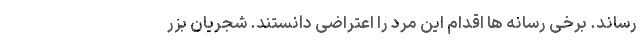
رساند. برخی رسانه ها اقدام این مرد را اعتراضی دانستند. شجریان بزر